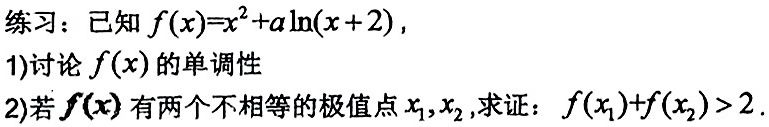
练习：已知$f(x)=x^{2}+a\ln(x + 2)$，
1)讨论$f(x)$的单调性
2)若$f(x)$有两个不相等的极值点$x_{1},x_{2}$,求证：$f(x_{1})+f(x_{2})>2$.